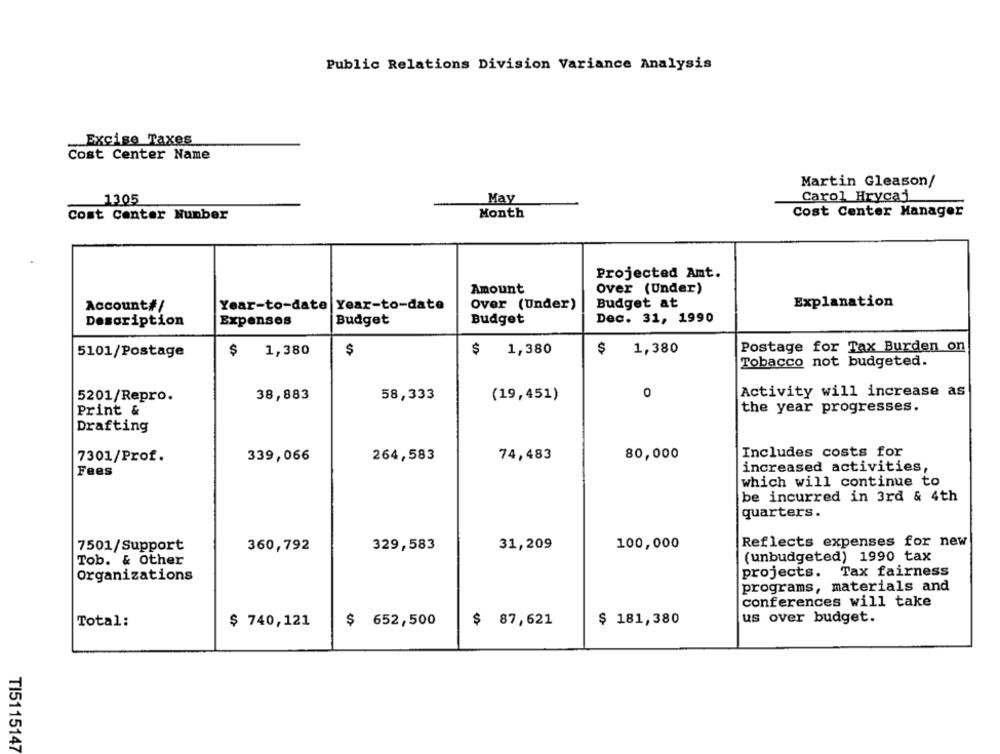
Public Relations Division Variance Analysis
_Excise Taxes
Cost Center Name
Martin Gleason/
Carol Hrycaj
1305
May
Cost Center Manager
Cost Center Number
Month
Projected Amt.
Amount
Over (Under)
Account#/
Year-to-date Year-to-date
Over (Under)
Budget at
Explanation
Description
Expenses
Budget
Budget
Dec. 31, 1990
5101/Postage
$
1,380
$
1,380
$
1,380
Postage for Tax Burden on
Tobacco not budgeted.
Activity will increase as
5201/Repro.
38,883
58,333
(19,451)
0
Print &
the year progresses.
Drafting
Includes costs for
7301/Prof.
339,066
264,583
74,483
80,000
increased activities,
Fees
which will continue to
be incurred in 3rd & 4th
quarters.
Reflects expenses for new
7501/Support
360,792
329,583
31,209
100,000
(unbudgeted) 1990 tax
Tob. & Other
projects. Tax fairness
Organizations
programs, materials and
conferences will take
us over budget.
Total:
$ 740,121
$ 652,500
$ 87,621
$ 181,380
TI5115147